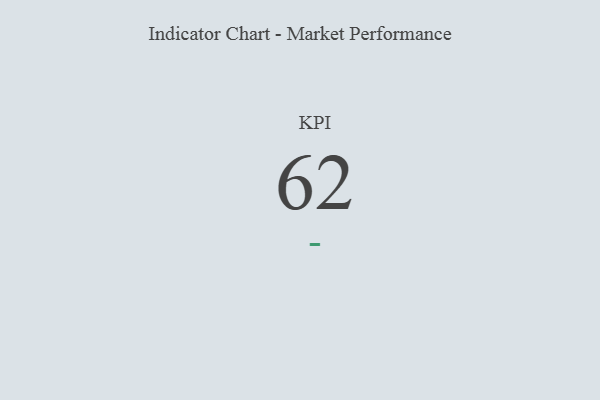
{"axis": {"x": "KPI", "y": "Value"}, "legend": [""], "data": [{"x": "KPI", "y": 62, "type": ""}]}